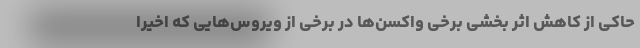
حاکی از کاهش اثر بخشی برخی واکسن‌ها در برخی از ویروس‌هایی که اخیرا